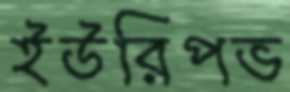
ইউরিপভ